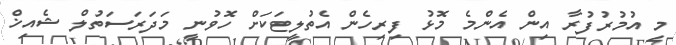
މި އުމުރުފުރާ އިން އެންމެ މޮޅު ފިރިހެން އެތުލީޓަކަށް ހޮވުނީ މަދަރަސަތުލް ޝެއިޚް